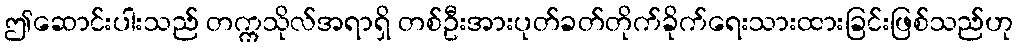
ဤဆောင်းပါးသည် တက္ကသိုလ်အရာရှိ တစ်ဦးအားပုတ်ခတ်တိုက်ခိုက်ရေးသားထားခြင်းဖြစ်သည်ဟု